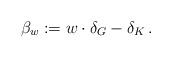
LaTeX: \begin{align*}\beta_{w}:= w\cdot \delta_{G}-\delta_{K}\,.\end{align*}